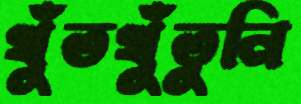
খুঁতখুঁতুনি